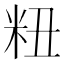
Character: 粈